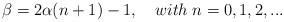
LaTeX: \begin{align*}\beta =2\alpha (n+1)-1,\quad with\;n=0,1,2,...\end{align*}